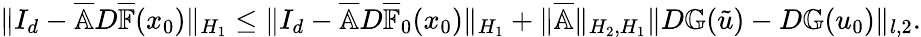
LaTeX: \begin{array}{r}{\| I_{d}-\overline{{\mathbb{A}}}D\overline{{\mathbb{F}}}(x_{0})\| _{H_{1}}\leq\| I_{d}-\overline{{\mathbb{A}}}D\overline{{\mathbb{F}}}_{0}(x_{0})\| _{H_{1}}+\| \overline{{\mathbb{A}}}\| _{H_{2},H_{1}}\| D\mathbb{G}(\tilde{u})-D\mathbb{G}(u_{0})\| _{l,2}.}\end{array}